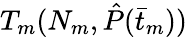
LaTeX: T_{m}(N_{m},\hat{P}(\bar{t}_{m}))